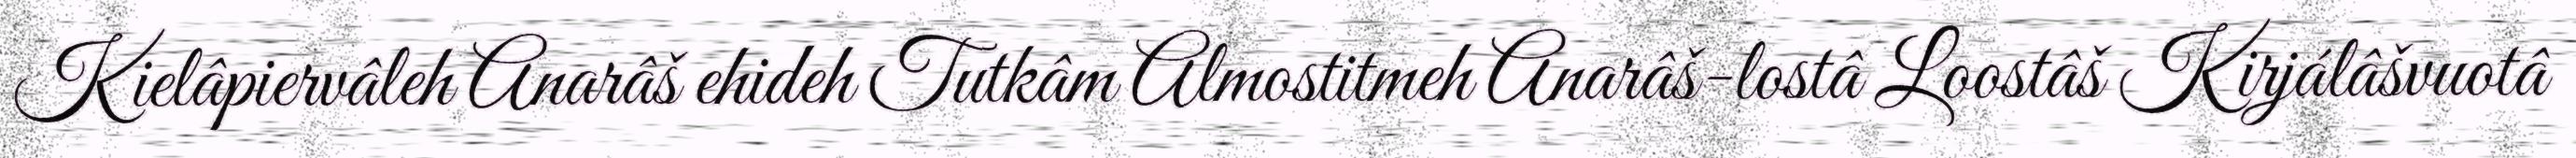
Kielâpiervâleh Anarâš ehideh Tutkâm Almostitmeh Anarâš-lostâ Loostâš Kirjálâšvuotâ